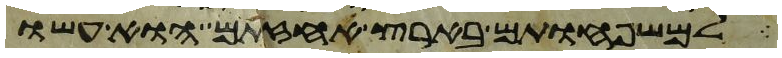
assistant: למשפחותם בארץ אחזתם הוא עשו